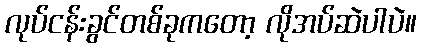
လုပ်ငန်းခွင်တစ်ခုကတော့ လိုအပ်ဆဲပါပဲ။